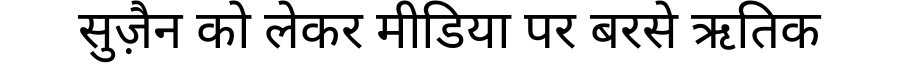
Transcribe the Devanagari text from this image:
सुज़ैन को लेकर मीडिया पर बरसे ऋतिक